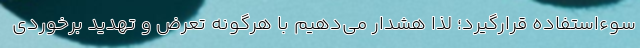
سوءاستفاده قرارگیرد؛ لذا هشدار می‌دهیم با هرگونه تعرض و تهدید برخوردی